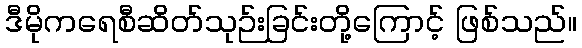
ဒီမိုကရေစီဆိတ်သုဉ်းခြင်းတို့ကြောင့် ဖြစ်သည်။